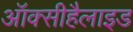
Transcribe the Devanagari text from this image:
ऑक्सीहैलाइड